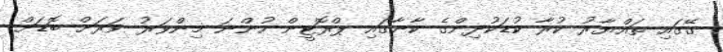
ގޭގައި ތައްޔާރު ކުރާ ކުޑަކުދިންގެ ކާނާގައި ޕްރޮޓީން ހުންނަ މިންވަރު ވަރަށް ބޮޑަށް